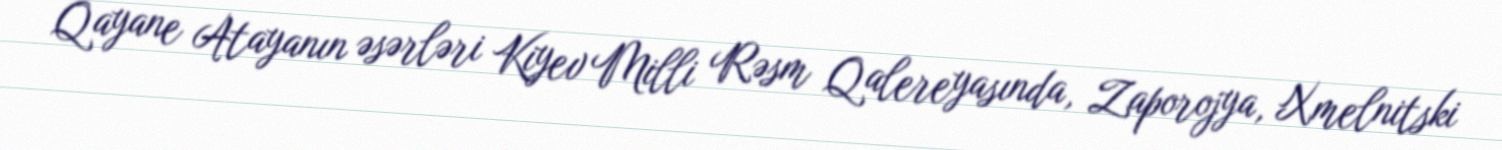
Qayane Atayanın əsərləri Kiyev Milli Rəsm Qalereyasında, Zaporojya, Xmelnitski